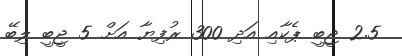
2.5 ޖީބީ ޕެކާއި އަދި 300 ރުފިޔާ އަށް 5 ޖީބީ ލިބޭ